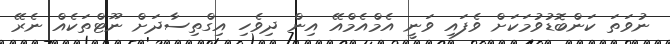
ނުވަތަ ކަންބޮޑުވުމަކަށް ވެފައި ވަނީ އެމްއެމްއޭ އިން ދިވެހި އިގްތިސާދަށް ނޫޓްތަކެއް ނެރޭ